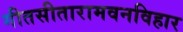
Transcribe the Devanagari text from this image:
गीतसीतारामवनविहार